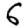
Digit: 6